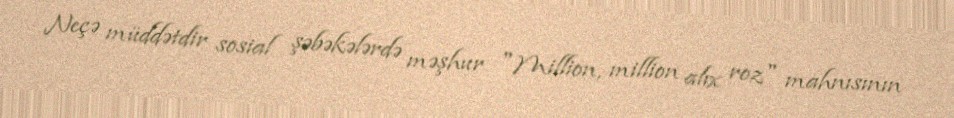
Neçə müddətdir sosial şəbəkələrdə məşhur "Million, million alıx roz" mahnısının